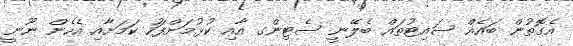
އެގޮތުން ބައެއް ސައިޓުތައް ބެލޭނީ ސެޓިންގ އާއި ކުޅުމަށްފަހު ކަމަށާއި އެހެން ނޫނީ